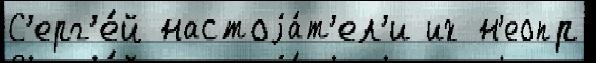
С'ерг'е́й настоjа́т'ел'и их н'еопр